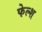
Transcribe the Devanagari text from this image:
फेल्श